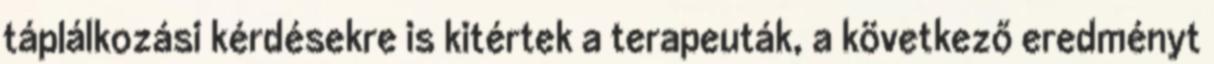
táplálkozási kérdésekre is kitértek a terapeuták, a következő eredményt